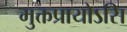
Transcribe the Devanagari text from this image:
मुक्तप्रायोऽसि